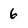
Character: 6